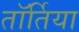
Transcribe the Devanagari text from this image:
तॉर्तिया